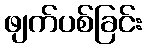
ဖျက်ပစ်ခြင်း